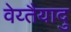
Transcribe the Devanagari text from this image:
वेय्तैयादु